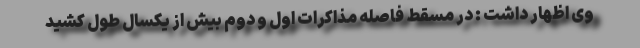
وی اظهار داشت : در مسقط فاصله مذاکرات اول و دوم بیش از یکسال طول کشید